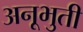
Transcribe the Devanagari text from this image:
अनूभुती